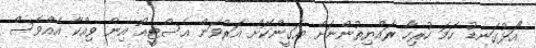
"އަޅުގަނޑު ހަމަ ހުރިހާ ރައްޔިތުންނަށް ޔަގީންކޮށް އަރުވަން އެސްޓީއޯ އިން ވިއްކާ އެއްވެސް